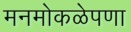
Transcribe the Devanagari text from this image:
मनमोकळेपणा